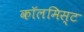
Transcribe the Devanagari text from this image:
कॉलमिस्ट